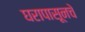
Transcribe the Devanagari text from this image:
घरापासूनचे